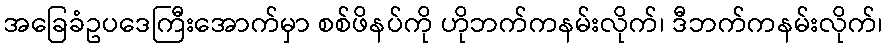
အခြေခံဥပဒေကြီးအောက်မှာ စစ်ဖိနပ်ကို ဟိုဘက်ကနမ်းလိုက်၊ ဒီဘက်ကနမ်းလိုက်၊